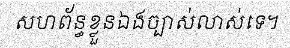
សហព័ន្ធខ្លួនឯងច្បាស់លាស់ទេ។